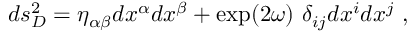
d s _ { D } ^ { 2 } = \eta _ { \alpha \beta } d x ^ { \alpha } d x ^ { \beta } + \exp ( 2 \omega ) ~ \delta _ { i j } d x ^ { i } d x ^ { j } ~ ,